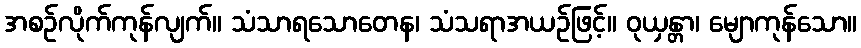
အစဉ်လိုက်ကုန်လျက်။ သံသာရသောတေန၊ သံသရာအယဉ်ဖြင့်။ ဝုယှန္တာ၊ မျောကုန်သော။